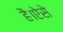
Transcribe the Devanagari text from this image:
है।ऐसे